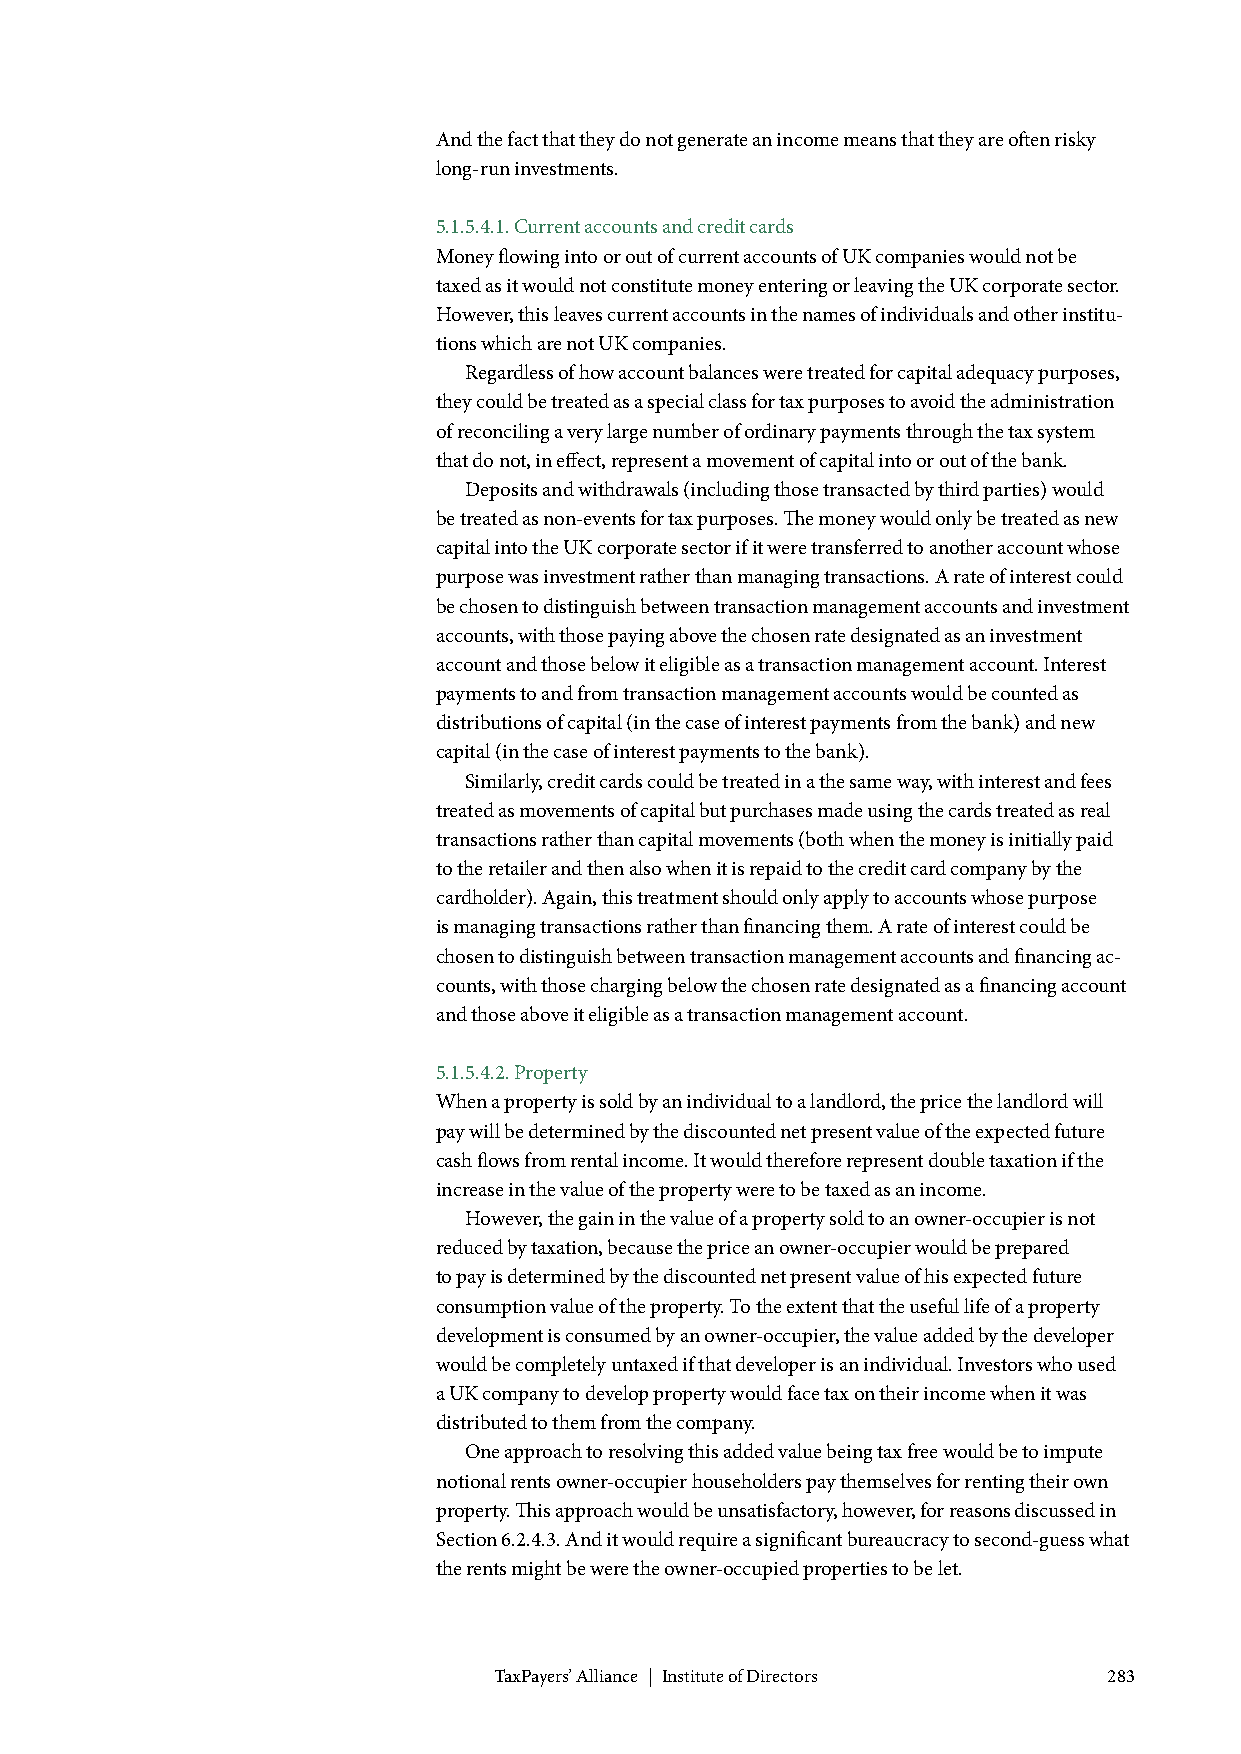
And the fact that they do not generate an income means that they are often risky
 long-run investments.
 5.1.5.4.1. Current accounts and credit cards
 Money flowing into or out of current accounts of UK companies would not be
 taxed as it would not constitute money entering or leaving the UK corporate sector.
 However, this leaves current accounts in the names of individuals and other institu-
 tions which are not UK companies.
 Regardless of how account balances were treated for capital adequacy purposes,
 they could be treated as a special class for tax purposes to avoid the administration
 of reconciling a very large number of ordinary payments through the tax system
 that do not, in effect, represent a movement of capital into or out of the bank.
 Deposits and withdrawals (including those transacted by third parties) would
 be treated as non-events for tax purposes. The money would only be treated as new
 capital into the UK corporate sector if it were transferred to another account whose
 purpose was investment rather than managing transactions. A rate of interest could
 be chosen to distinguish between transaction management accounts and investment
 accounts, with those paying above the chosen rate designated as an investment
 account and those below it eligible as a transaction management account. Interest
 payments to and from transaction management accounts would be counted as
 distributions of capital (in the case of interest payments from the bank) and new
 capital (in the case of interest payments to the bank).
 Similarly, credit cards could be treated in a the same way, with interest and fees
 treated as movements of capital but purchases made using the cards treated as real
 transactions rather than capital movements (both when the money is initially paid
 to the retailer and then also when it is repaid to the credit card company by the
 cardholder). Again, this treatment should only apply to accounts whose purpose
 is managing transactions rather than financing them. A rate of interest could be
 chosen to distinguish between transaction management accounts and financing ac-
 counts, with those charging below the chosen rate designated as a financing account
 and those above it eligible as a transaction management account.
 5.1.5.4.2. Property
 When a property is sold by an individual to a landlord, the price the landlord will
 pay will be determined by the discounted net present value of the expected future
 cash flows from rental income. It would therefore represent double taxation if the
 increase in the value of the property were to be taxed as an income.
 However, the gain in the value of a property sold to an owner-occupier is not
 reduced by taxation, because the price an owner-occupier would be prepared
 to pay is determined by the discounted net present value of his expected future
 consumption value of the property. To the extent that the useful life of a property
 development is consumed by an owner-occupier, the value added by the developer
 would be completely untaxed if that developer is an individual. Investors who used
 a UK company to develop property would face tax on their income when it was
 distributed to them from the company.
 One approach to resolving this added value being tax free would be to impute
 notional rents owner-occupier householders pay themselves for renting their own
 property. This approach would be unsatisfactory, however, for reasons discussed in
 Section 6.2.4.3. And it would require a significant bureaucracy to second-guess what
 the rents might be were the owner-occupied properties to be let.
 TaxPayers’ Alliance | Institute of Directors 283